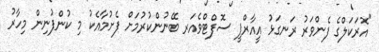
"އޮރަކަލްގެ ފެންވަރު ރަނގަޅު އީއާރްޕީ ސޮފްޓްވެއަރ ބޭނުންކުރުމަށް ފެށުމާއެކު މި ކުންފުނިން މިހާރު